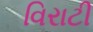
વિરાટી